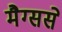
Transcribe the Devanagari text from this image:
मैग्ससे